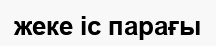
жеке іс парағы